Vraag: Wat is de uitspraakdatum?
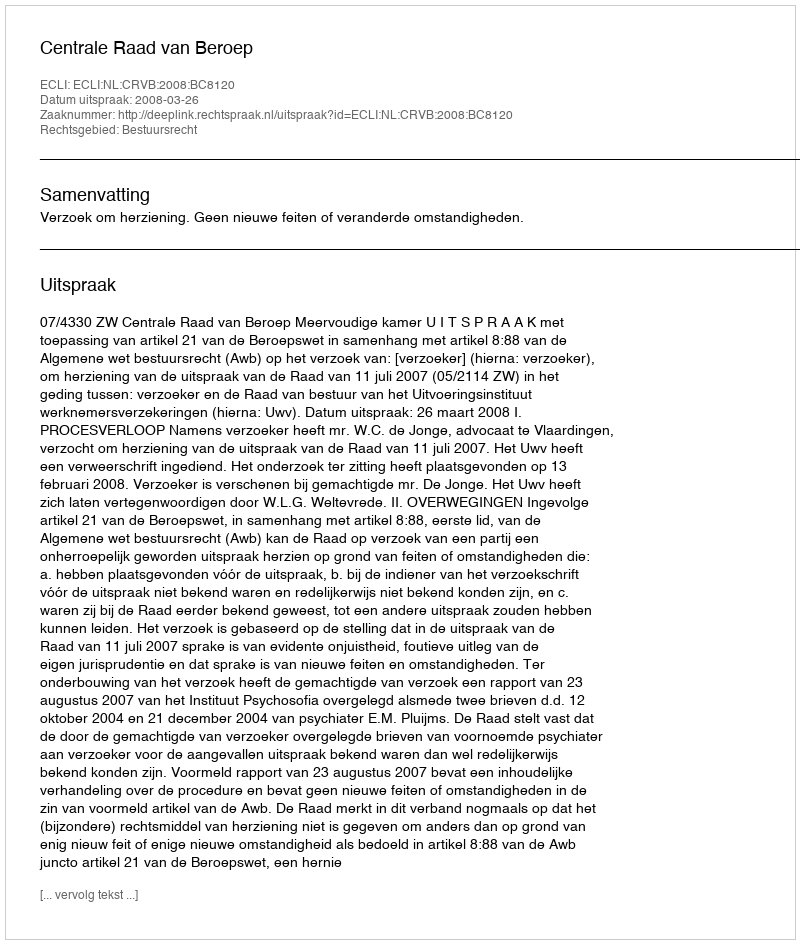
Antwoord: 2008-03-26